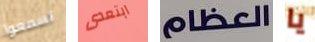
تسمعوا ابتعدى العظام يا